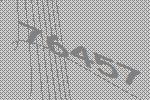
76457